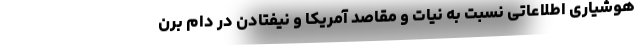
هوشیاری اطلاعاتی نسبت به نیات و مقاصد آمریکا و نیفتادن در دام برن